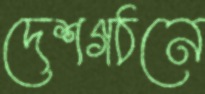
দেশগঠনে